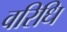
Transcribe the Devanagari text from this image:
वरिधि